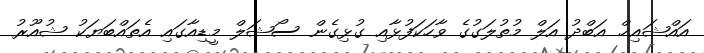
އައްޝައިޚް އަބްދު އަލް މުތުލަގުގެ ވާހަކަފުޅާއި ގުޅިގެން ސޯޝަލް މީޑިއާގައި އެތައްބަޔަކު ޝުއޫރު